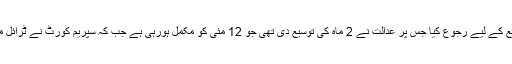
احتساب عدالت نے چھ ماہ مکمل ہونے کے بعد سپریم کورٹ میں توسیع کے لیے رجوع کیا جس پر عدالت نے 2 ماہ کی توسیع دی تھی جو 12 مئی کو مکمل ہورہی ہے جب کہ سپریم کورٹ نے ٹرائل مکمل کرنے کے لیے احتساب عدالت کو مزید ایک ماہ کا وقت دے دیا۔